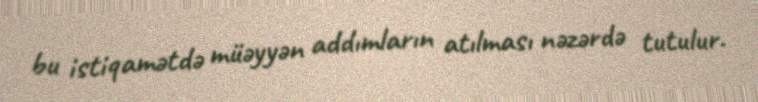
bu istiqamətdə müəyyən addımların atılması nəzərdə tutulur.